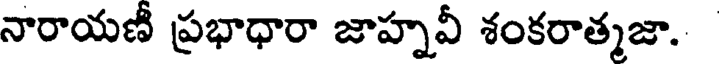
నారాయణీ ప్రభాధారా జాహ్నవీ శంకరాత్మజా.